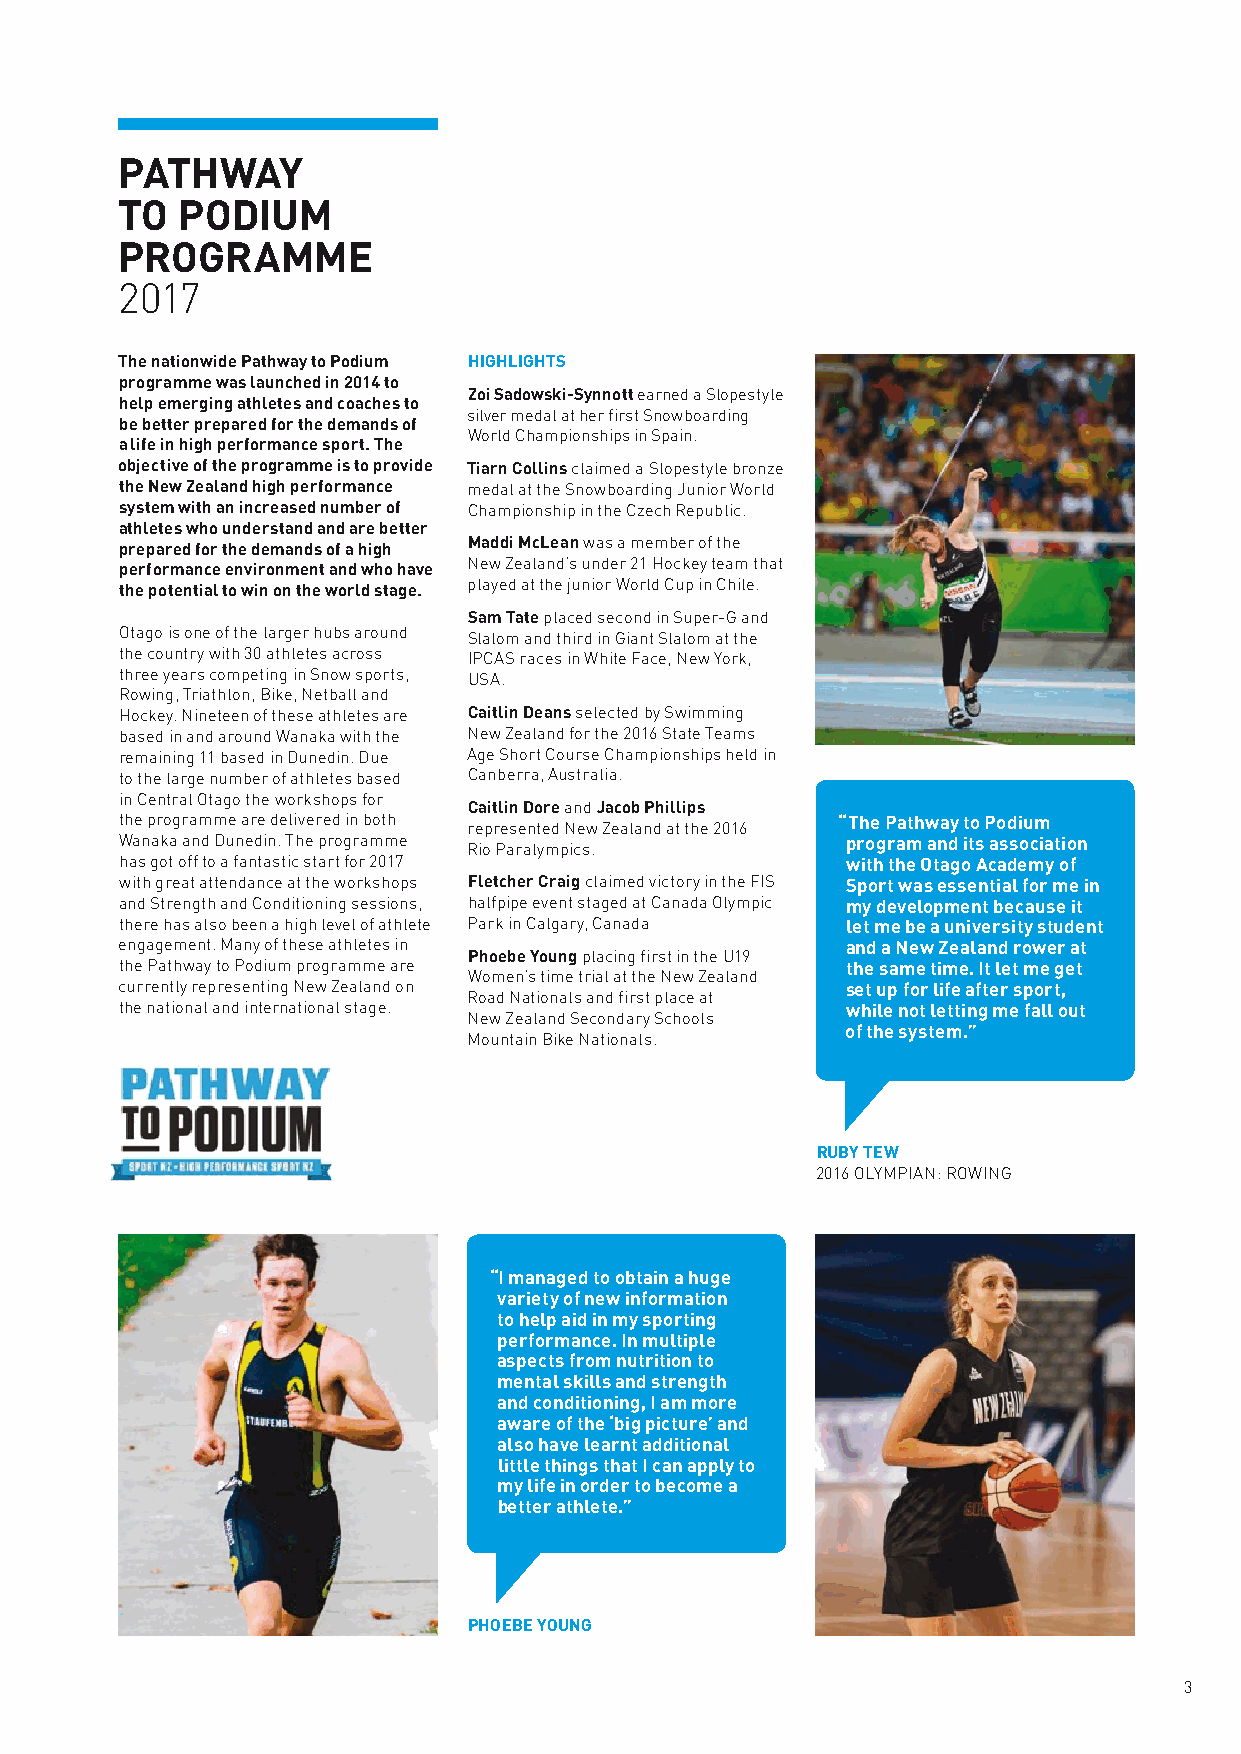
PATHWAY
 TO  PODIUM
 PROGRAMME
 2017
 The nationwide Pathway to Podium HIGHLIGHTS
 programme was launched in 2014 to
 Zoi Sadowski-Synnott earned a Slopestyle
 help emerging athletes and coaches to
 silver medal at her first Snowboarding
 be better prepared for the demands of
 World Championships in Spain.
 a life in high performance sport. The
 objective of the programme is to provide Tiarn Collins claimed a Slopestyle bronze
 the New Zealand high performance medal at the Snowboarding Junior World
 system with an increased number of Championship in the Czech Republic.
 athletes who understand and are better
 prepared for the demands of a high Maddi McLean was a member of the
 performance environment and who have New Zealand’s under 21 Hockey team that
 the potential to win on the world stage. played at the junior World Cup in Chile.
 Sam Tate placed second in Super-G and
 Otago is one of the larger hubs around Slalom and third in Giant Slalom at the
 the country with 30 athletes across IPCAS races in White Face, New York,
 three years competing in Snow sports, USA.
 Rowing, Triathlon, Bike, Netball and
 Hockey. Nineteen of these athletes are Caitlin Deans selected by Swimming
 based in and around Wanaka with the New Zealand for the 2016 State Teams
 remaining 11 based in Dunedin. Due Age Short Course Championships held in
 to the large number of athletes based Canberra, Australia.
 in Central Otago the workshops for
 Caitlin Dore and Jacob Phillips
 the programme are delivered in both represented New Zealand at the 2016 “The Pathway to Podium
 Wanaka and Dunedin. The programme Rio Paralympics. program and its association
 has got off to a fantastic start for 2017       with the Otago Academy of
 with great attendance at the workshops Fletcher Craig claimed victory in the FIS Sport was essential for me in
 and Strength and Conditioning sessions, halfpipe event staged at Canada Olympic my development because it
 there has also been a high level of athlete Park in Calgary, Canada let me be a university student
 engagement. Many of these athletes in           and a New Zealand rower at
 Phoebe Young placing first in the U19
 the Pathway to Podium programme are             the same time. It let me get
 Women’s time trial at the New Zealand
 currently representing New Zealand on           set up for life after sport,
 Road Nationals and first place at
 the national and international stage.           while not letting me fall out
 New Zealand Secondary Schools
 of the system.”
 Mountain Bike Nationals.
 RUBY TEW
 2016 OLYMPIAN: ROWING
 “I managed to obtain a huge
 variety of new information
 to help aid in my sporting
 performance. In multiple
 aspects from nutrition to
 mental skills and strength
 and conditioning, I am more
 aware of the ‘big picture’ and
 also have learnt additional
 little things that I can apply to
 my life in order to become a
 better athlete.”
 PHOEBE YOUNG
 3